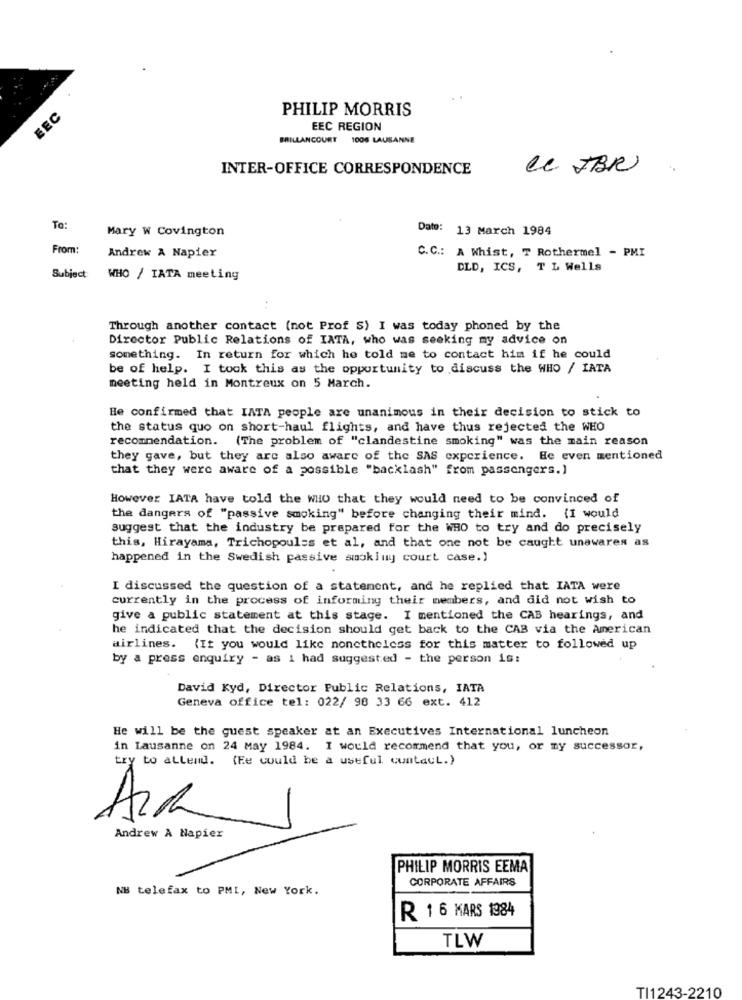
EEC
PHILIP MORRIS
EEC REGION
BRILLANCOURT 1006 LAUSANNE
INTER-OFFICE CORRESPONDENCE
Ce IBR
To:
Mary W Covington
Date: 13 March 1984
From:
C.C .: A Whist, T Rothermel - PMI
Andrew A Napier
DLD, ICS, T L Wells
Subject:
WHO / IATA meeting
Through another contact (not Prof S) I was today phoned by the
Director Public Relations of IATA, who was seeking my advice on
something. In return for which he told me to contact him if he could
be of help. I took this as the opportunity to discuss the WHO / IATA
meeting held in Montreux on 5 March.
He confirmed that IATA people are unanimous in their decision to stick to
the status quo on short-haul flights, and have thus rejected the WHO
recommendation. (The problem of "clandestine smoking" was the main reason
they gave, but they are also aware of the SAS experience. He even mentioned
that they were aware of a possible "backlash" from passengers.)
However IATA have told the WHO that they would need to be convinced of
the dangers of "passive smoking" before changing their mind. (I would
suggest that the industry be prepared for the WHO to try and do precisely
this, Hirayama, Trichopoulss et al, and that one not be caught unawares as
happened in the Swedish passive smokiny court case.)
I discussed the question of a statement, and he replied that IATA were
currently in the process of informing their members, and did not wish to
give a public statement at this stage. I mentioned the CAB hearings, and
he indicated that the decision should get back to the CAB via the American
airlines. (It you would like nonetheless for this matter to followed up
by a press enquiry - as i had suggested - the person is:
David Kyd, Director Public Relations, IATA
Geneva office tel: 022/ 98 33 66 ext. 412
He will be the guest speaker at an Executives International luncheon
in Lausanne on 24 May 1984. I would recommend that you, or my successor,
try to allend. (Ee could be a useful contact.)
1
Andrew A Napier
PHILIP MORRIS EEMA
CORPORATE AFFAIRS
NB telefax to PML, New York.
R 1 6 KARS 1984
TLW
TI1243-2210